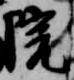
院